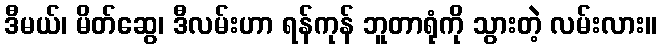
ဒီမယ်၊ မိတ်ဆွေ၊ ဒီလမ်းဟာ ရန်ကုန် ဘူတာရုံကို သွားတဲ့ လမ်းလား။